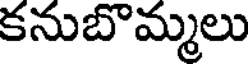
కనుబొమ్మలు